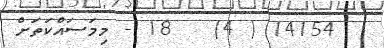
14154 ( 4)   18 - މިމަސައްކަތަށް